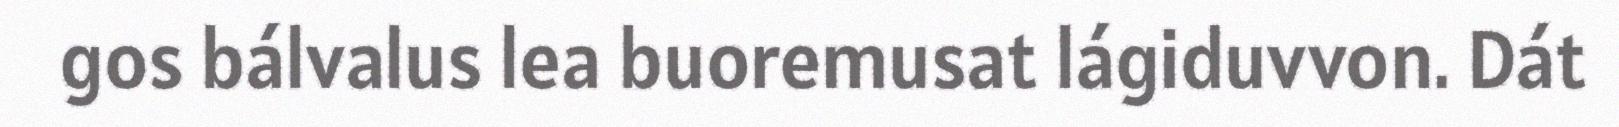
gos bálvalus lea buoremusat lágiduvvon. Dát